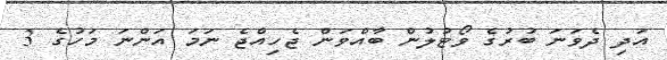
އަދި ދެވަނަ ބުރުގެ ވޯޓުލުން ބާއްވަން ޖެހިއްޖެ ނަމަ އަންނަ މަހުގެ 3